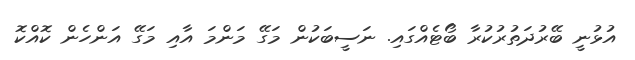
އުޅުނީ ބޭރުދަތުރުކުރާ ބޯޓެއްގައި. ނަސީބަކުން މަގޭ މަންމަ އާއި މަގޭ އަންހެން ކޮއްކޮ